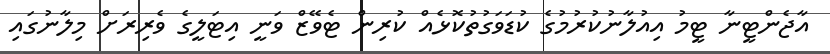
އާޖެންޓީނާ ޓީމު އިއުލާނުކުރުމުގެ ކުޑަވަގުތުކޮޅެއް ކުރިން ޓެވޭޒް ވަނީ އިޓަލީގެ ވެރިރަށް މިލާނުގައި